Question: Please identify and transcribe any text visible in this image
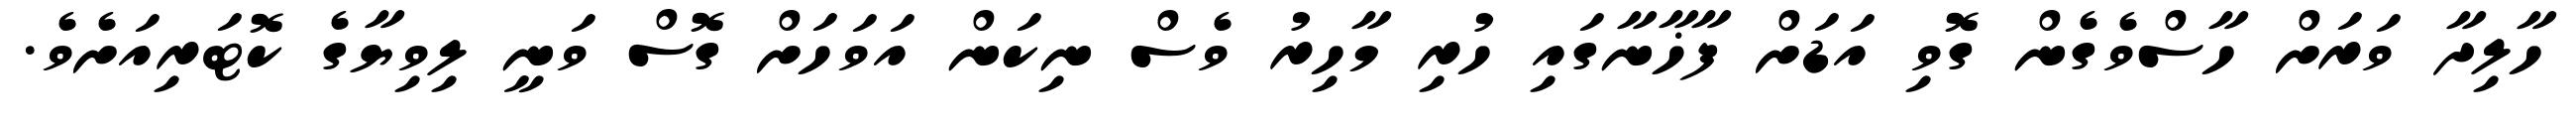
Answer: ހާލިދާ ވަރަށް ހާސްވެގެން ގޮވި އަޑަށް ފާޚާނާގައި ހުރި މާހިރު ވެސް ނިކަން އަވަހަށް ގޮސް ވަނީ ލިވިޔާގެ ކޮޓަރިއަށެވެ.